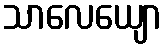
သာလေယျော